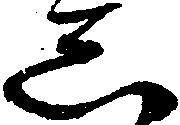
し